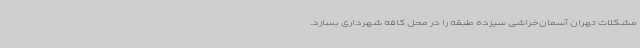
مشکلات تهران آسمان‌خراشی سیزده طبقه را در محل کافه شهرداری بسازد.